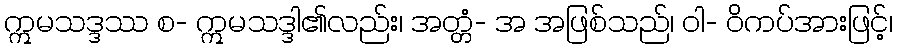
ဣမသဒ္ဒဿ စ- ဣမသဒ္ဒါ၏လည်း၊ အတ္တံ- အ အဖြစ်သည်၊ ဝါ- ဝိကပ်အားဖြင့်၊